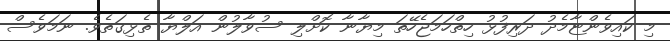
މި ކައިވެންޏާމެދު ދަރިފުޅު ހިތްހަމަޖެހޭތަ މިޔާނާ ކޮށްލި ސުވާލުން އަލްޔާ ތެޅިގަތެވެ. ނަމަވެސް